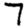
Digit: 7